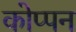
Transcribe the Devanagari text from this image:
कोप्पन